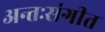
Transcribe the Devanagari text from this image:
अन्तःसंगीत